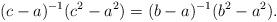
LaTeX: \begin{align*}(c-a)^{-1}(c^2-a^2)=(b-a)^{-1}(b^2-a^2).\end{align*}